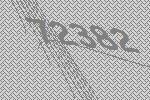
72382